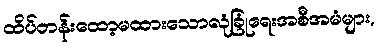
ထိပ်တန်းထော့မထားသောလုံခြုံရေးအစီအမံများ,